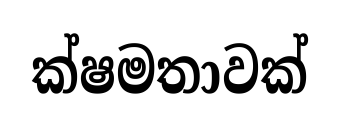
ක්ෂමතාවක්